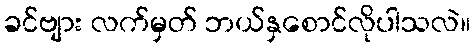
ခင်ဗျား လက်မှတ် ဘယ်နှစောင်လိုပါသလဲ။